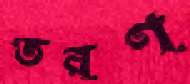
তরণ